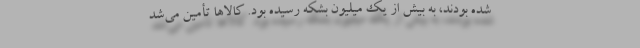
شده بودند، به بیش از یک میلیون بشکه رسیده بود. کالاها تأمین می‌شد